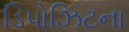
ડિપોઝિટના